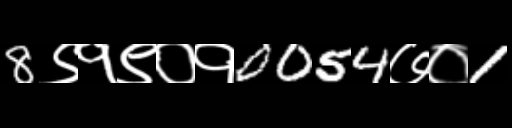
Text: 8९१९०१0054७०1